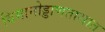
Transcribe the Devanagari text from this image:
विमानोड्डाणतासात